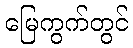
မြေကွက်တွင်